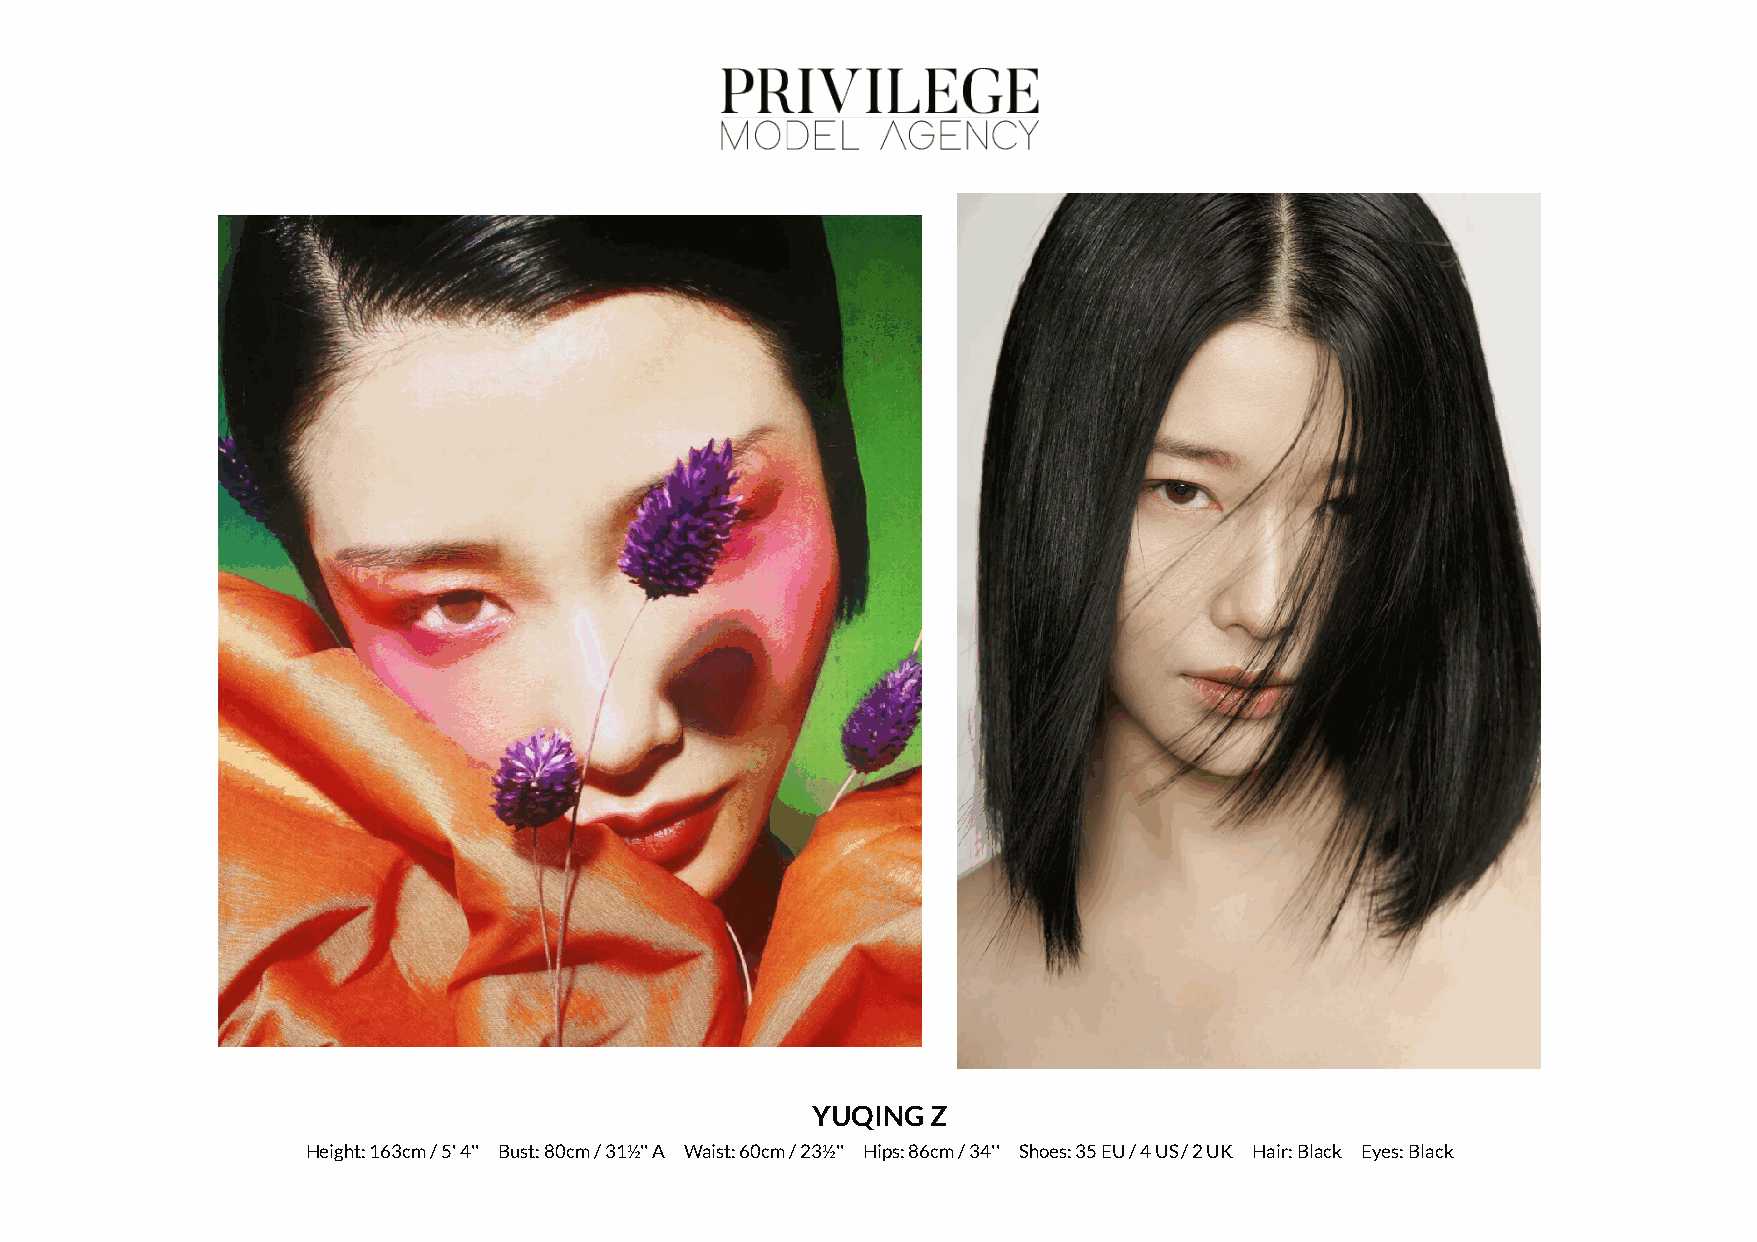
YUQING  Z
 Height: 163cm / 5' 4'' Bust: 80cm / 31½'' A Waist: 60cm / 23½'' Hips: 86cm / 34'' Shoes: 35 EU / 4 US / 2 UK Hair: Black Eyes: Black